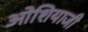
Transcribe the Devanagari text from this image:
ओशियाजी